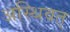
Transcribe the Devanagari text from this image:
अस्थिवत्